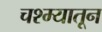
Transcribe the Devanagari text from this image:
चश्म्यातून